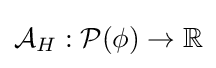
{\mathcal {A}}_{H}:{\mathcal {P}}(\phi )\to \mathbb {R}